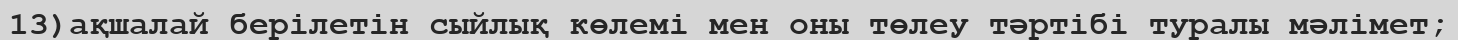
13)ақшалай берілетін сыйлық көлемі мен оны төлеу тәртібі туралы мәлімет;